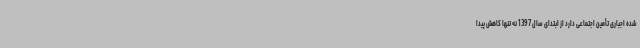
شده اجباری تأمین اجتماعی دارد از ابتدای سال 1397 نه تنها کاهش پیدا